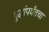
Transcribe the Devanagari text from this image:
बुद्धांपर्यंतचा